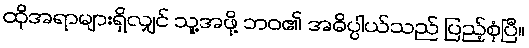
ထိုအရာများရှိလျှင် သူ့အဖို့ ဘဝ၏ အဓိပ္ပါယ်သည် ပြည့်စုံပြီ။